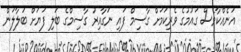
އަނެއްކާވެސް ގައުމުގެ ވެރިކަމަށް ގާސިމް ފައި ނަގާއިރު ގާސިމްގެ ބަލި ފަޔަށް ބަލާލަން